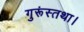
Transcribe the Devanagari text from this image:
गुरूंस्तथा।